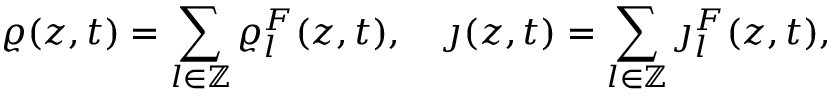
\varrho ( z , t ) = \sum _ { l \in \mathbb { Z } } \varrho _ { l } ^ { F } ( z , t ) , \quad \boldsymbol { \jmath } ( z , t ) = \sum _ { l \in \mathbb { Z } } \boldsymbol { \jmath } _ { l } ^ { F } ( z , t ) ,